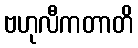
ဗဟုလီကတာတိ